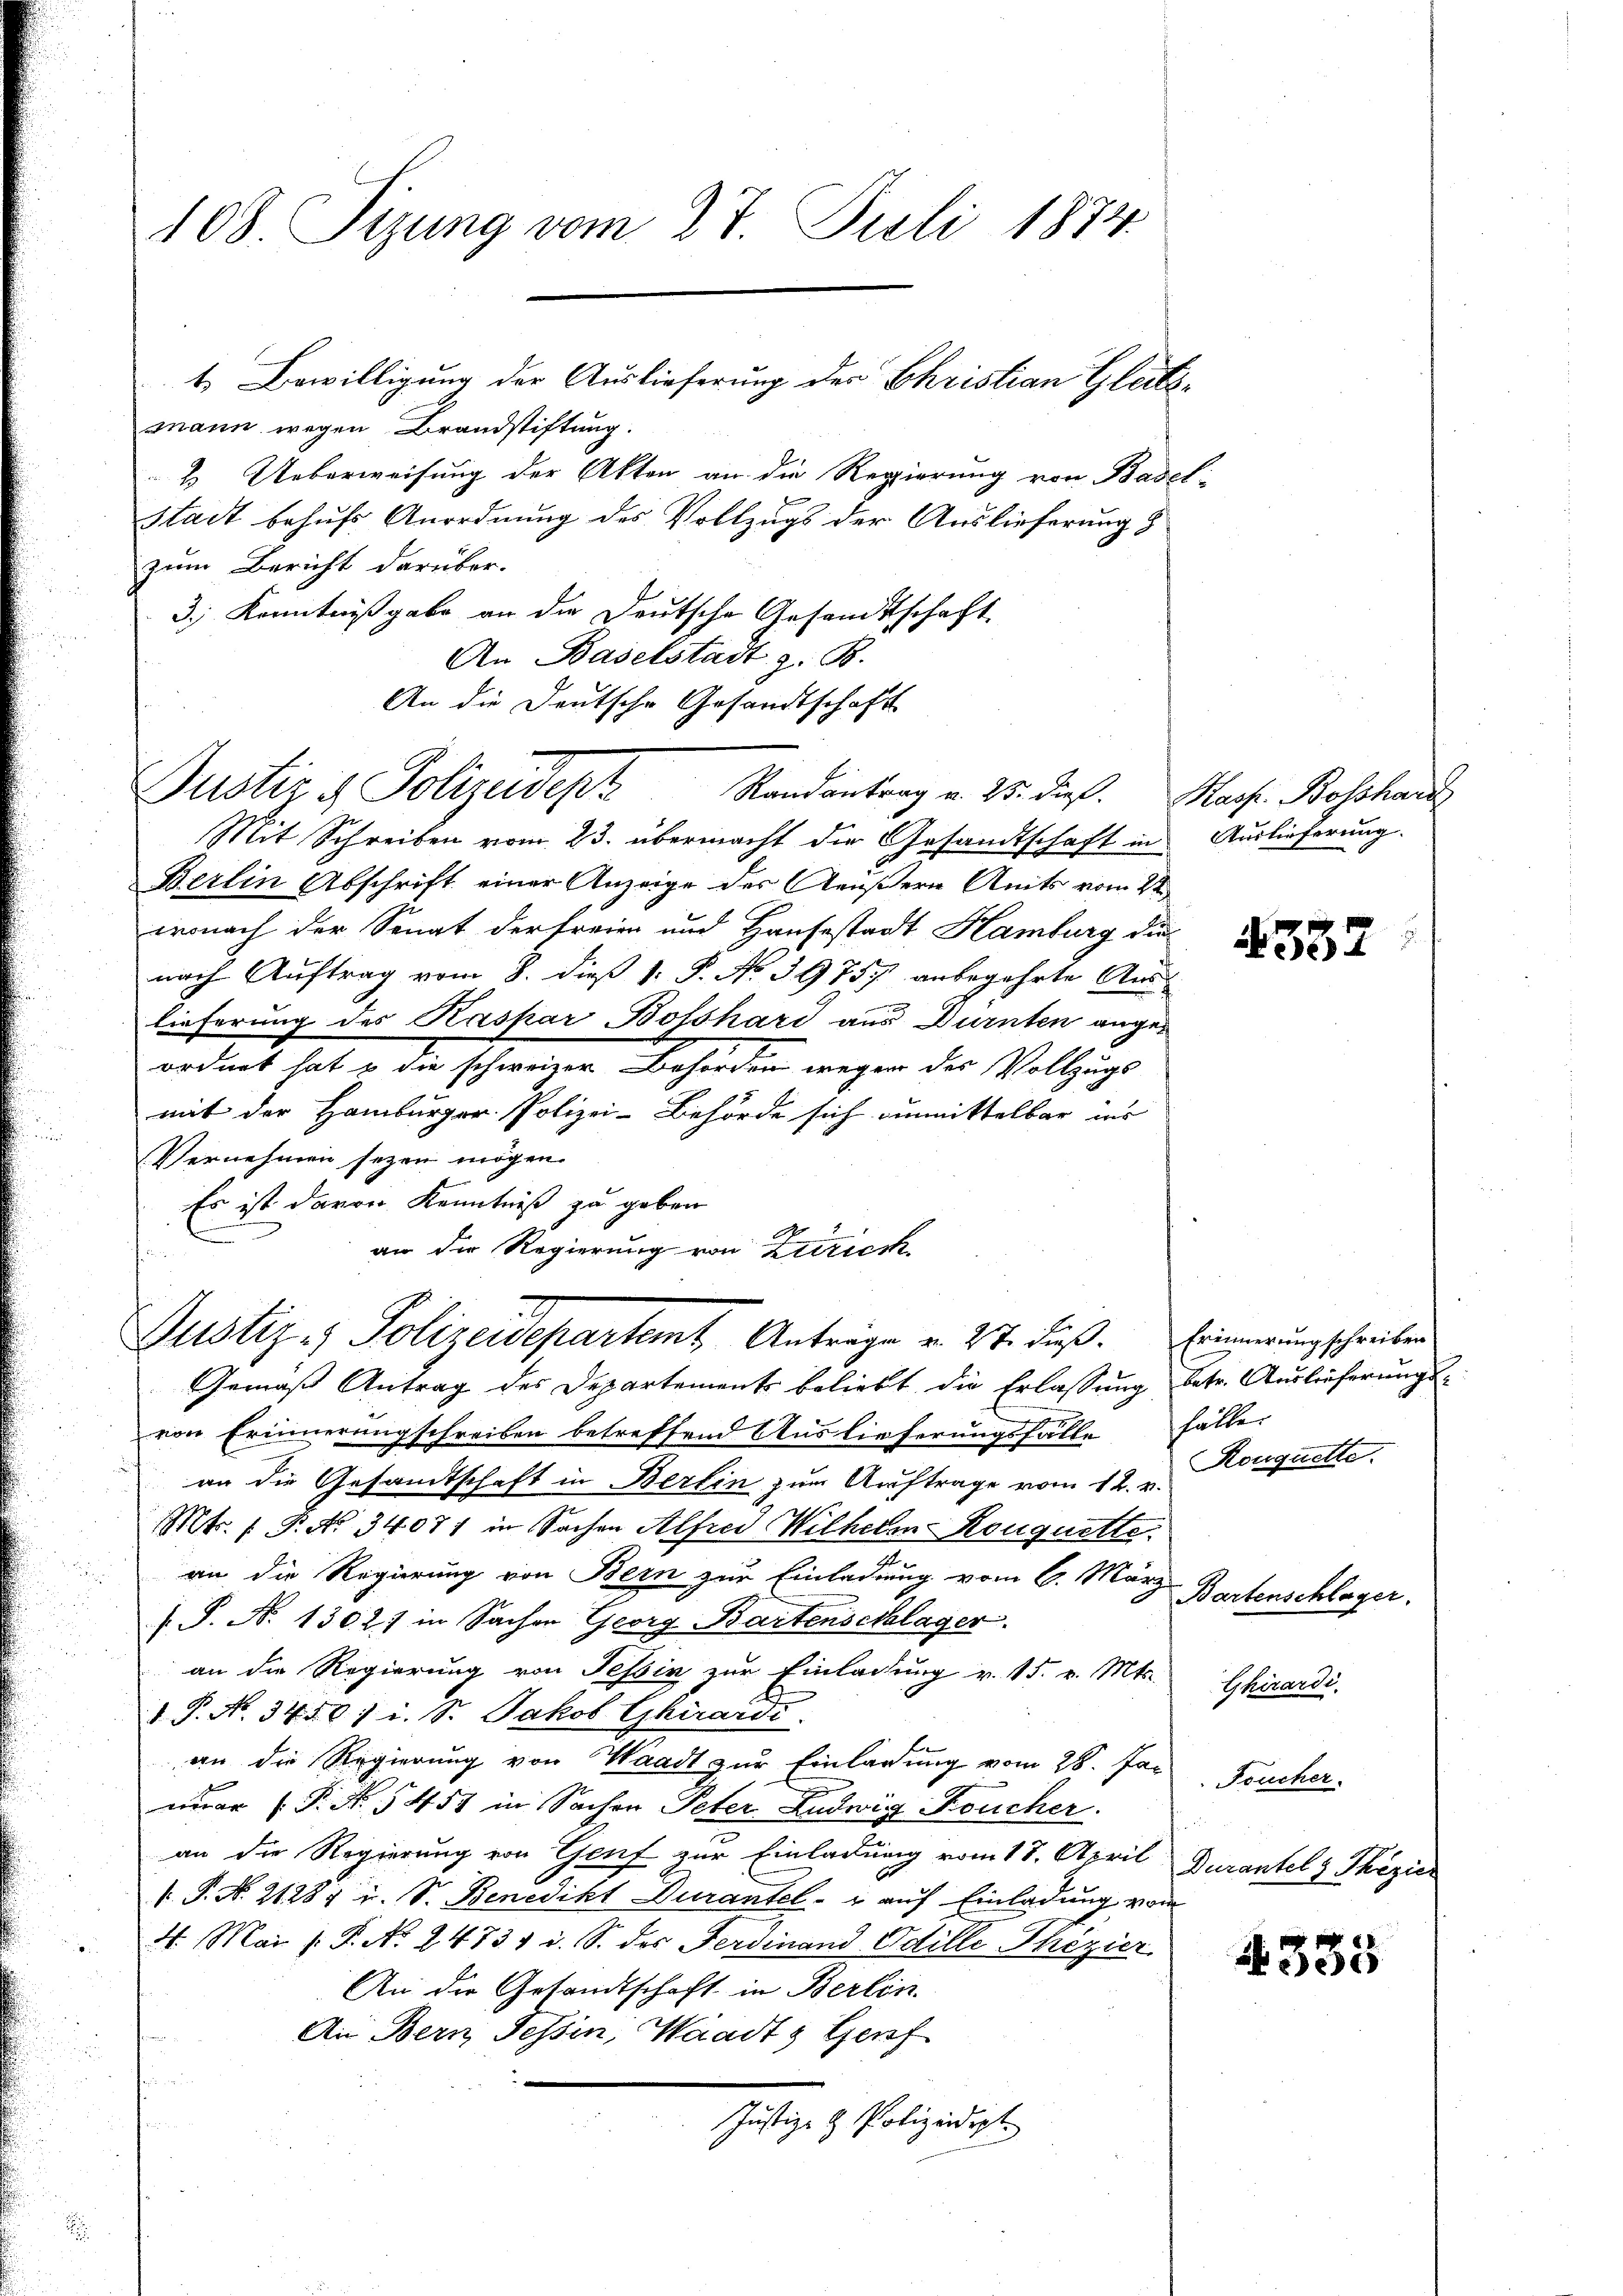
108. Sizung vom 27. Juli 1874.

mann wegen Brandstiftung.
& Ueberweisung der Akten an die Regierung von Basel-
Stadt behufs Anordnung des Vollzugs der Auslieferung
zum Bericht darüber.
3.) Kenntnißgabe an die Deutsche Gesandtschaft
An Baselstadt z. B.
An die Deutsche Gesandtschaft
Mit Schreiben vom 23. übermacht die Gesandtschaft in
Berlin Abschrift einer Anzeige der Aeußern Amts vom 2ten
wonach der Sonat der freien und Hausestadt Hamburg die
nach Auftrag vom 8. dieß 1. P. No 39757 anbegehrte Aus-
lieferung des Kaspar Bosshard aus Dürnten angeordnet hat & die schweizer Behörden wegen des Vollzugs
mit der Hamburger Polizei-Behörde sich einmittelbar ins
Vernehmen seyen mögen.
Es ist davon Kenntniß zu geben
an die Regierung von Zürich
Justiz- & Polizeidepartemt Anträge v. 27. Fuß. Erinnerungschreiben
Gemäß Antrag des Departement beliebt die Erlassung betr. Auslieferungsvon Erinnerungschreiben betreffend Auslieferungsfälle fälle
an die Gesandtschaft in Berlin zum Auftrage vom 12. v.
Mtr. P. Nr. 34071 in Sachen Alfred Wilhelm Rouquette.
an die Regierung von Bern zur Einladung vom 6. März
 S. N. 1302) in Sachen Georg Bartenschalger
an die Regierung von Tessin zur Einladung v. 15. v. Mts.
 P. No. 3450; i. S. Jakob Girardi.
an die Regierung von Waadt zur Einladung vom 28. Jan
r P. Nr. 5457 in Sachen Peter Ludwig Feucher.
an die Regierung von Genf zur Einladung vom 18. April
 P. No. 21284 u. S. Benedikt Durantel- u auf Einladung vom
4. Mai /: P. No. 24734 i. S. des Ferdinand Odille Thezier
An die Gesandtschaft in Berlin
An Bern Tessin, Waadt & Genf
Justiz- & Polizeidigt

Justiz & Polizeidepz

t Bewilligung der Auslieferung des Christian Glatte

Randantrag u. 25. dieß. Hass. Bosshar

Auslieferung.

4552

Rouquette.

Bartenschlager,
Ghirardi.

Foucher.
i
Durantel & Thizier

4335